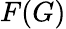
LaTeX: F(G)